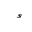
Letter: _hamza